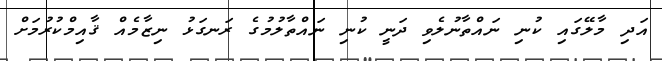
އަދި މާލޭގައި ކުނި ނައްތާނުލެވި ދަނީ ކުނި ނައްތާލުމުގެ ރަނގަޅު ނިޒާމެއް ޤާއިމްކުރުމަށް